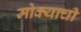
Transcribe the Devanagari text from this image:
मोक्याची